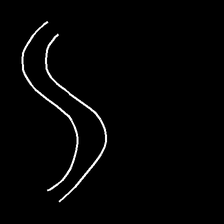
Glyph: float